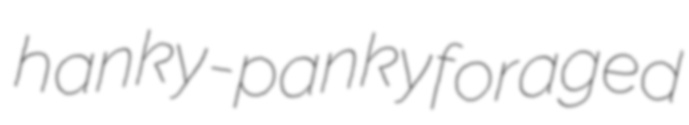
hanky-panky foraged